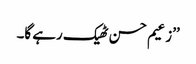
’’زعیم حسن ٹھیک رہے گا۔